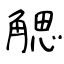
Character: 䚡